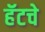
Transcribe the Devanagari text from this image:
हॅटचे